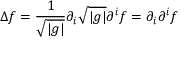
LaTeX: \Delta f = { \frac { 1 } { \sqrt { | g | } } } \partial _ { i } { \sqrt { | g | } } \partial ^ { i } f = \partial _ { i } \partial ^ { i } f